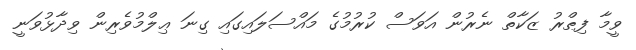
ވީމާ ފިޠްރު ޒަކާތް ނެރުން އަވަސް ކުރުމުގެ މައްސަލައިގައި ގިނަ ޢިލްމުވެރިން ވިދާޅުވަނީ